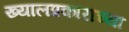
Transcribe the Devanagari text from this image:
ख्यालप्रकाराच्या